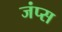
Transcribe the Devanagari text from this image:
जंप्स